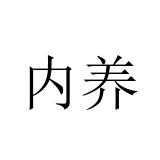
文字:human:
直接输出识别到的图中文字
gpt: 内养